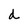
Character: d